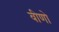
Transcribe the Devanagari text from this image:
वीणो